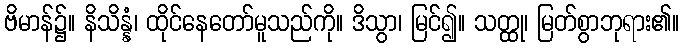
ဗိမာန်၌။ နိသိန္နံ၊ ထိုင်နေတော်မူသည်ကို။ ဒိသွာ၊ မြင်၍။ သတ္ထု၊ မြတ်စွာဘုရား၏။